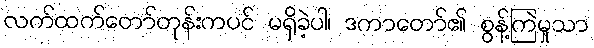
လက်ထက်တော်တုန်းကပင် မရှိခဲ့ပါ၊ ဒကာတော်၏ စွန့်ကြဲမှုသာ